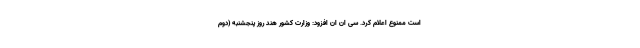
است ممنوع اعلام کرد. سی ان ان افزود: وزارت کشور هند روز پنجشنبه (دوم